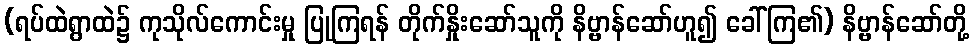
(ရပ်ထဲရွာထဲ၌ ကုသိုလ်ကောင်းမှု ပြုကြရန် တိုက်နှိုးဆော်သူကို နိဗ္ဗာန်ဆော်ဟူ၍ ခေါ်ကြ၏) နိဗ္ဗာန်ဆော်တို့